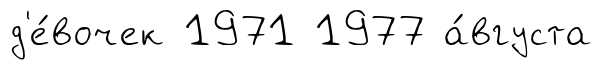
д'е́вочек 1971 1977 а́вгуста